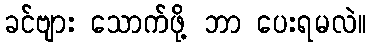
ခင်ဗျား သောက်ဖို့ ဘာ ပေးရမလဲ။